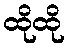
ထိုထို